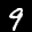
Label: 9